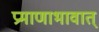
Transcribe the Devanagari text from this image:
प्रमाणाभावात्